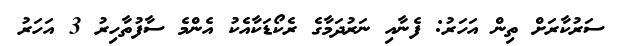
ސަރުކާރަށް ތިން އަހަރު: ފެނާއި ނަރުދަމާގެ ރެކޯޑަކާއެކު އެންމެ ސާފުތާހިރު 3 އަހަރު